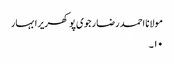
مولانا احمد رضا رجوی پوکھریرا بہار
۱۰۔